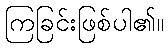
ကြခြင်းဖြစ်ပါ၏။